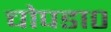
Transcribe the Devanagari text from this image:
चोपडा०